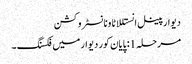
دیوار پینل انستللاٹاونانسٹروکشن
مرحلہ 1: پایان کور دیوار میں فکسنگ ۔